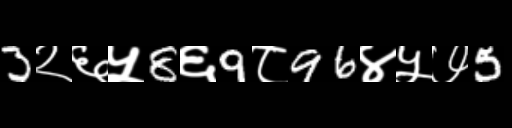
Text: 3२६५8६9८96४५७5